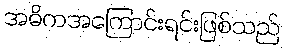
အဓိကအကြောင်းရင်းဖြစ်သည်